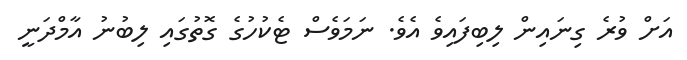
އަށް ވުރެ ގިނައިން ލިބިފައިވެ އެވެ. ނަމަވެސް ޓެކުހުގެ ގޮތުގައި ލިބުނު އާމްދަނީ